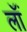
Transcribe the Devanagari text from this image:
लॉं